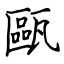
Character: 甌